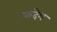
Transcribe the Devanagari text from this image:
कदेश